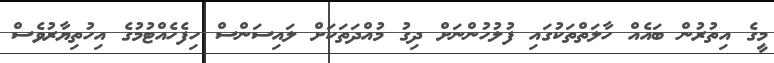
މީގެ އިތުރުން ބައެއް ހާލަތްތަކުގައި ފުލުހުންނަށް ދިގު މުއްދަތަކަށް ލައިސަންސް ހިފެހެއްޓުމުގެ އިހުތިޔާރުވެސް